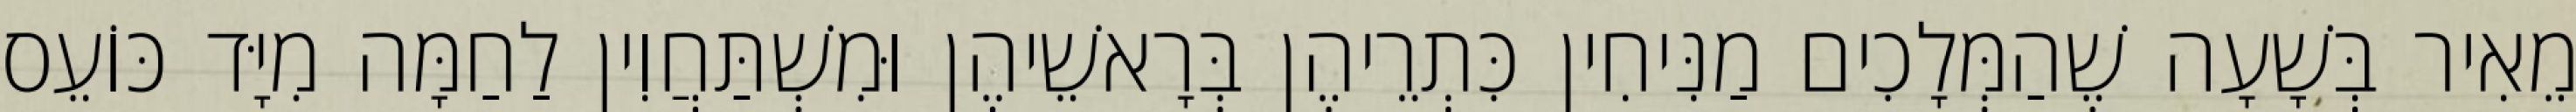
מֵאִיר בְּשָׁעָה שֶׁהַמְּלָכִים מַנִּיחִין כִּתְרֵיהֶן בְּרָאשֵׁיהֶן וּמִשְׁתַּחֲוִין לַחַמָּה מִיָּד כּוֹעֵס